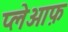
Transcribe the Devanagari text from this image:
प्लेओफ़